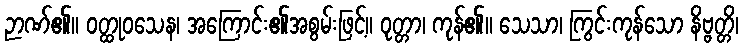
ဉာဏ်၏။ ဝတ္ထုဝသေန၊ အကြောင်း၏အစွမ်းဖြင့်။ ဝုတ္တာ၊ ကုန်၏။ သေသာ၊ ကြွင်းကုန်သော နိဗ္ဗတ္တိ၊